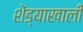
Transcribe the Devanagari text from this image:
शेंड्याखाली